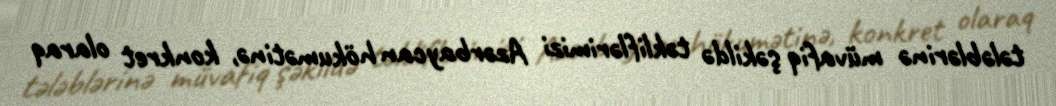
tələblərinə müvafiq şəkildə təkliflərimizi Azərbaycan hökumətinə, konkret olaraq